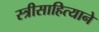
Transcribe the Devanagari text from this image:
स्त्रीसाहित्याने